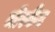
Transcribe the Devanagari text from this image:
मीरकैट